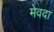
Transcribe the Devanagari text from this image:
मेवदा